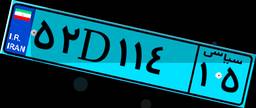
۵۲D۱۱۴۱۵